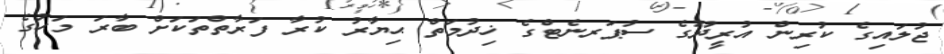
ޖުލައިގެ ކުރިން އުރީދޫގެ ސުޕަރނެޓްގެ ޚިދުމަތް ޙިޔާރު ކުރާ ފަރާތްތަކަށް ބާރަ މަހުގެ